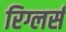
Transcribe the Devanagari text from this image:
रिग्लर्स